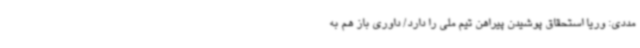
مددی: وریا استحقاق پوشیدن پیراهن تیم ملی را دارد/ داوری باز هم به